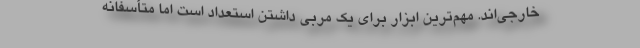
خارجی‌اند. مهم‌ترین ابزار برای یک مربی داشتن استعداد است اما متأسفانه